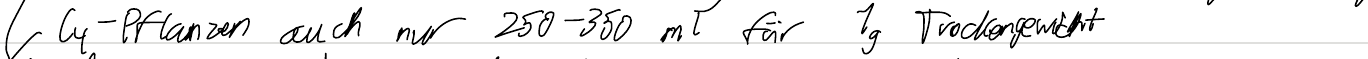
- C4-Pflanzen auch nur 250-350 ml für 1g Trockengewicht